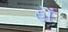
હોઁ